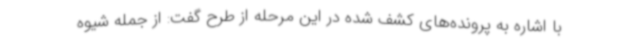
با اشاره به پرونده‌های کشف شده در این مرحله از طرح گفت: از جمله شیوه